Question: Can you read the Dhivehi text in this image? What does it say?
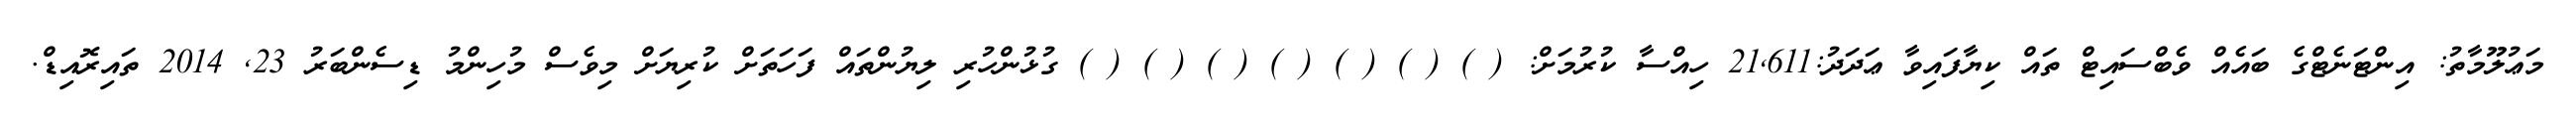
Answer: މަޢުލޫމާތު: އިންޓަނެޓްގެ ބައެއް ވެބްސައިޓް ތައް ކިޔާފައިވާ ޢަދަދު:21,611 ހިއްސާ ކުރުމަށް: ( ) ( ) ( ) ( ) ( ) ( ) ( ) ގުޅުންހުރި ލިޔުންތައް ފަހަތަށް ކުރިޔަށް މިވެސް މުހިންމު ޑިސެންބަރު 23, 2014 ތައިރޮއިޑް.